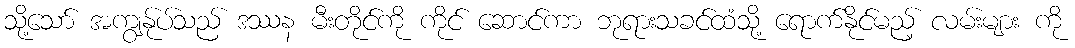
သို့သော် အကျွန်ုပ်သည် ဒဿန မီးတိုင်ကို ကိုင် ဆောင်ကာ ဘုရားသခင်ထံသို့ ရောက်နိုင်မည့် လမ်းများ ကို